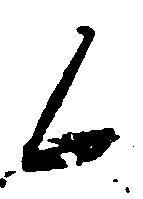
候